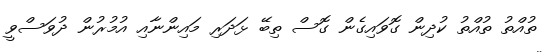
ތުއްތު ތުއްތު ކުދިން ގޮވައިގެން ގޮސް ތިބޭ ޅަދަރި މައިންނާއި އުމުރުން ދުވަސްވީ